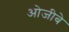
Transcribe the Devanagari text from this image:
ओजीबे